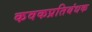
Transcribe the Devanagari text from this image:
कवकप्रतिबंधक